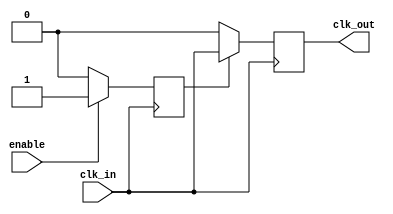
module clock_gating_buffer (
    input wire clk_in,     // Primary clock signal
    input wire enable,     // Control signal to enable/disable clock
    output reg clk_out     // Gated clock output
);

// Internal signal for synchronization
reg gated_clk;

// Always block to handle clock gating logic
always @(posedge clk_in) begin
    if (enable) begin
        gated_clk <= 1'b1;  // Enable clock
    end else begin
        gated_clk <= 1'b0;  // Disable clock
    end
end

// Always block to generate the gated clock output
always @(posedge clk_in) begin
    if (gated_clk) begin
        clk_out <= clk_in;  // Pass through the clock
    end else begin
        clk_out <= 1'b0;     // Suppress the clock
    end
end

endmodule